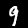
Digit: 9